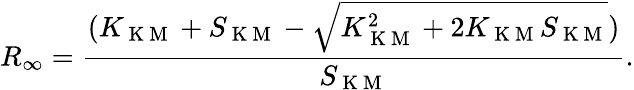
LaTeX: R_{\infty}=\frac{(K_{\mathrm{~K~M~}}+S_{\mathrm{~K~M~}}-\sqrt{K_{\mathrm{~K~M~}}^{2}+2K_{\mathrm{~K~M~}}S_{\mathrm{~K~M~}}})}{S_{\mathrm{~K~M~}}}.